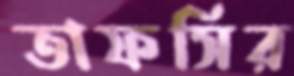
তাফসির